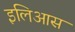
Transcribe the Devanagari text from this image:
इलिआस